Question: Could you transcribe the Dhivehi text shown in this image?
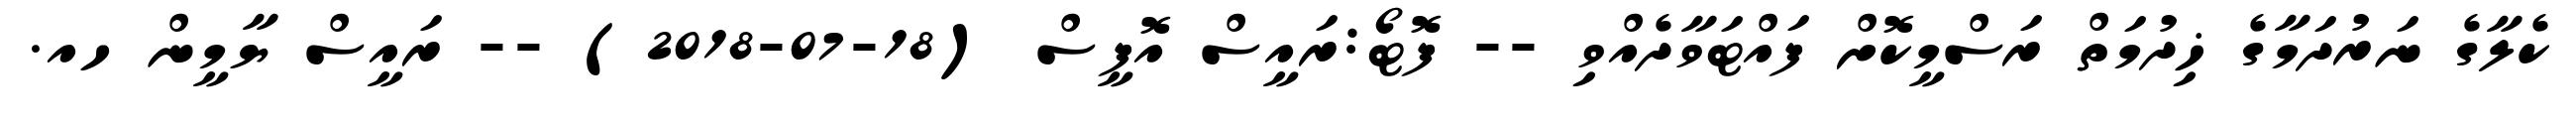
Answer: ކެލާގެ ނަރުދަމާގެ ޚިދުމަތް ރަސްމީކޮށް ފައްޓަވާދެއްވި -- ފޮޓޯ:ރައީސް އޮފީސް (18-07-2018) -- ރައީސް ޔާމީން ހއ.